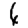
Digit: 4